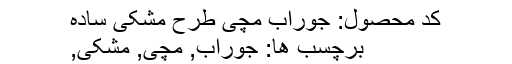
کد محصول: جوراب مچی طرح مشکی ساده
برچسب ها: جوراب, مچی, مشکی,